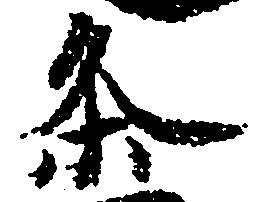
条